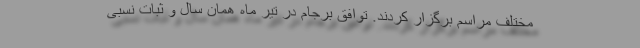
مختلف مراسم برگزار کردند. توافق برجام در تیر ماه همان سال و ثبات نسبی